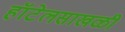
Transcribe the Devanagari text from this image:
हॉटेलसाखळी